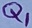
Text: Q1